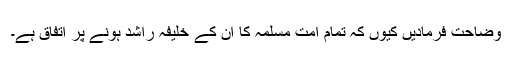
وضاحت فرمادیں کیوں کہ تمام امت مسلمہ کا ان کے خلیفہ راشد ہونے پر اتفاق ہے۔